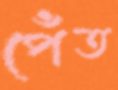
পেঁত